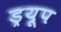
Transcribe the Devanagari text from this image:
ड्रयूप